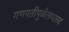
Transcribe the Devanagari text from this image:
गणपतीपुळेलगतच